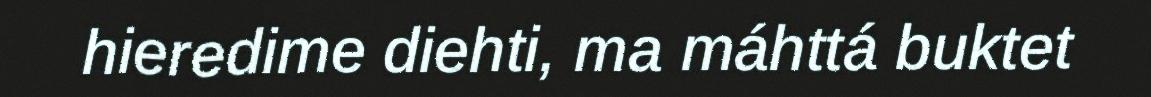
hieredime diehti, ma máhttá buktet